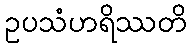
ဥပသံဟရိဿတိ